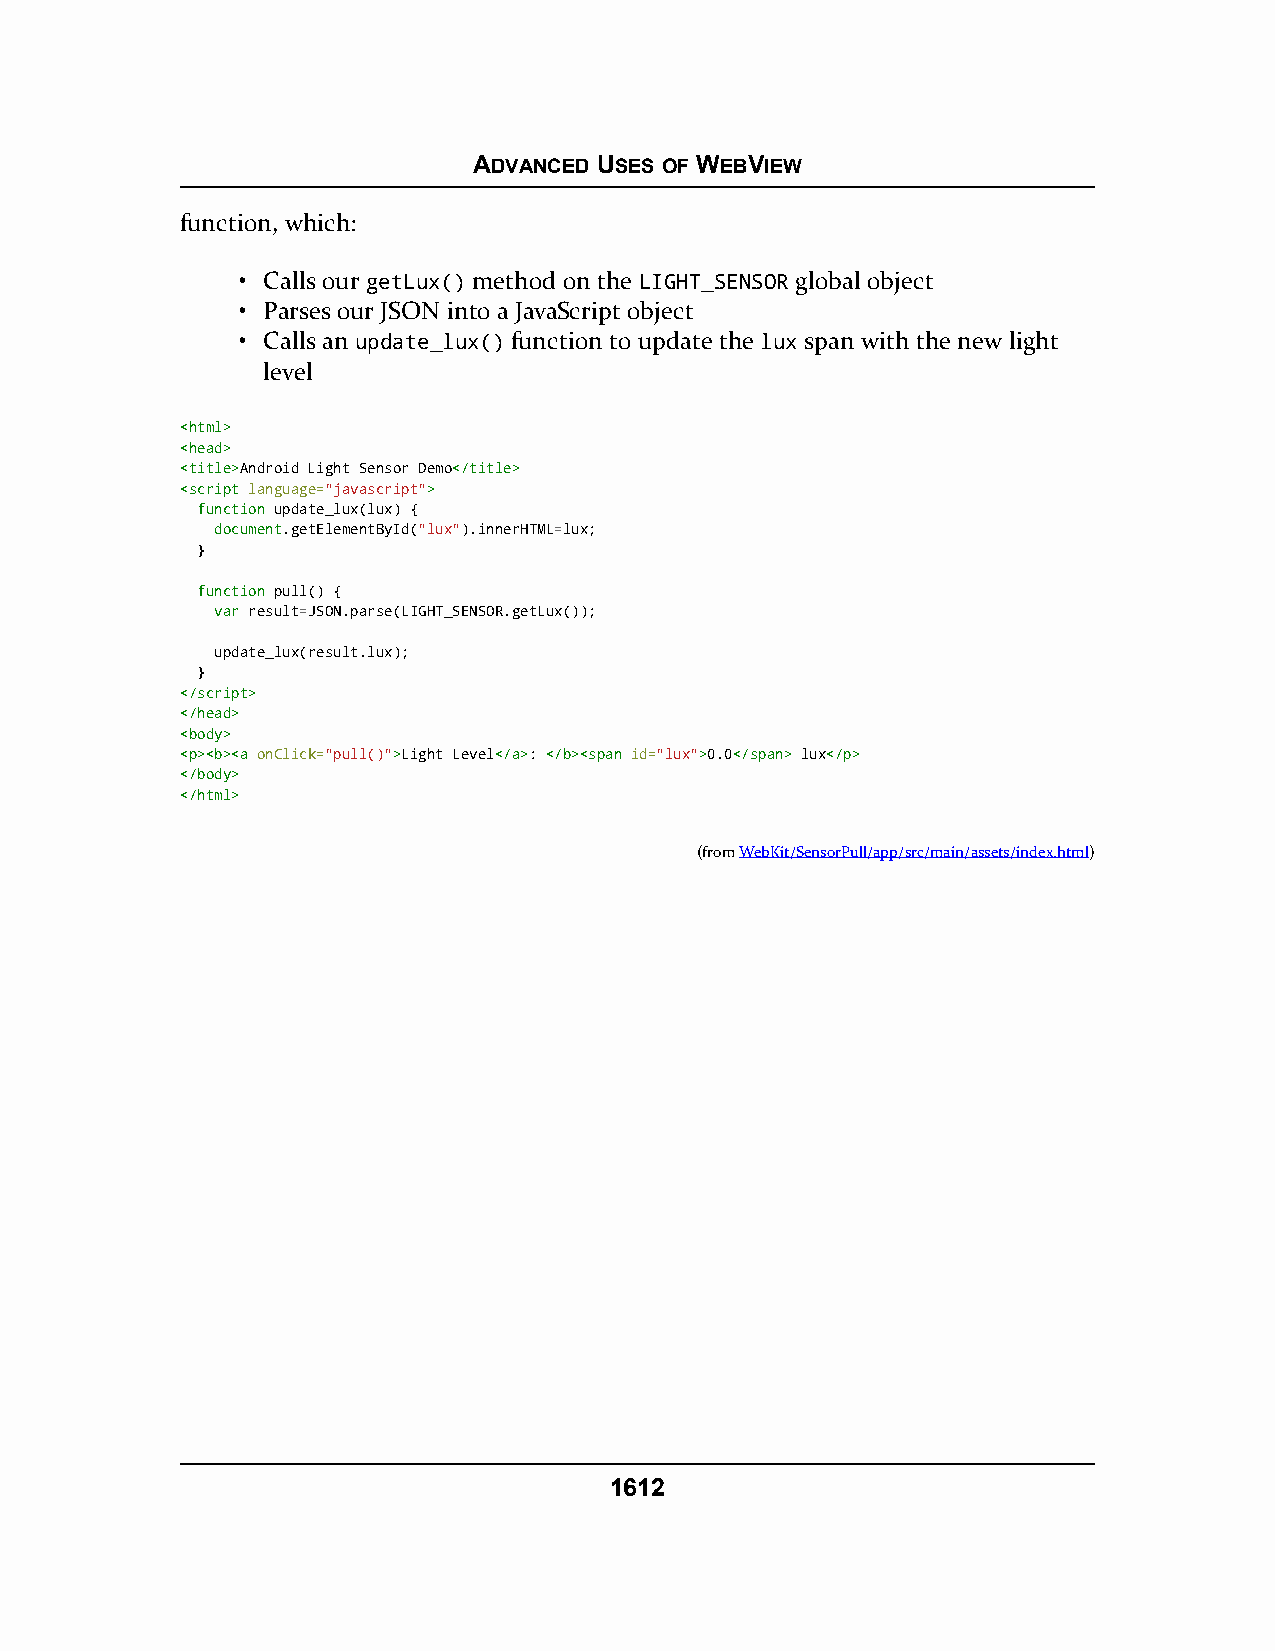
ADVANCED USES OF WEBVIEW
 function, which:
 • Calls our getLux() method on the LIGHT_SENSOR global object
 • Parses our JSON into a JavaScript object
 • Calls an update_lux() function to update the lux span with the new light
 level
 <<hhttmmll>>
 <<hheeaadd>>
 <<ttiittllee>>Android Light Sensor Demo<<//ttiittllee>>
 <<ssccrriipptt language="javascript">>
 ffuunnccttiioonn update_lux(lux) {
 document.getElementById("lux").innerHTML=lux;
 }
 ffuunnccttiioonn pull() {
 vvaarr result=JSON.parse(LIGHT_SENSOR.getLux());
 update_lux(result.lux);
 }
 <<//ssccrriipptt>>
 <<//hheeaadd>>
 <<bbooddyy>>
 <<pp>><<bb>><<aa onClick="pull()">>Light Level<<//aa>>: <<//bb>><<ssppaann id="lux">>0.0<<//ssppaann>> lux<<//pp>>
 <<//bbooddyy>>
 <<//hhttmmll>>
 (fromWebKit/SensorPull/app/src/main/assets/index.html)
 1612